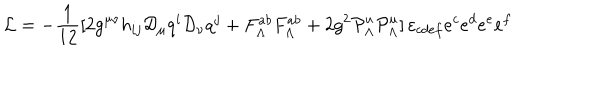
LaTeX: { \cal L } = - { \frac { 1 } { 1 2 } } [ 2 g ^ { \mu \nu } h _ { i j } { \cal D } _ { \mu } q ^ { i } { \cal D } _ { \nu } q ^ { j } + F _ { \Lambda } ^ { a b } F _ { \Lambda } ^ { a b } + 2 g ^ { 2 } { \cal P } _ { \Lambda } ^ { u } { \cal P } _ { \Lambda } ^ { u } ] \, \varepsilon _ { c d e f } e ^ { c } e ^ { d } e ^ { e } e ^ { f }